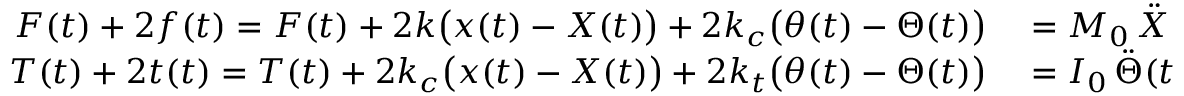
\begin{array} { r l } { F ( t ) + 2 f ( t ) = F ( t ) + 2 k \big ( x ( t ) - X ( t ) \big ) + 2 k _ { c } \big ( \theta ( t ) - \Theta ( t ) \big ) } & { { } = M _ { 0 } \, \ddot { X } ( t ) \, , } \\ { T ( t ) + 2 t ( t ) = T ( t ) + 2 k _ { c } \big ( x ( t ) - X ( t ) \big ) + 2 k _ { t } \big ( \theta ( t ) - \Theta ( t ) \big ) } & { { } = I _ { 0 } \, \ddot { \Theta } ( t ) \, , } \end{array}